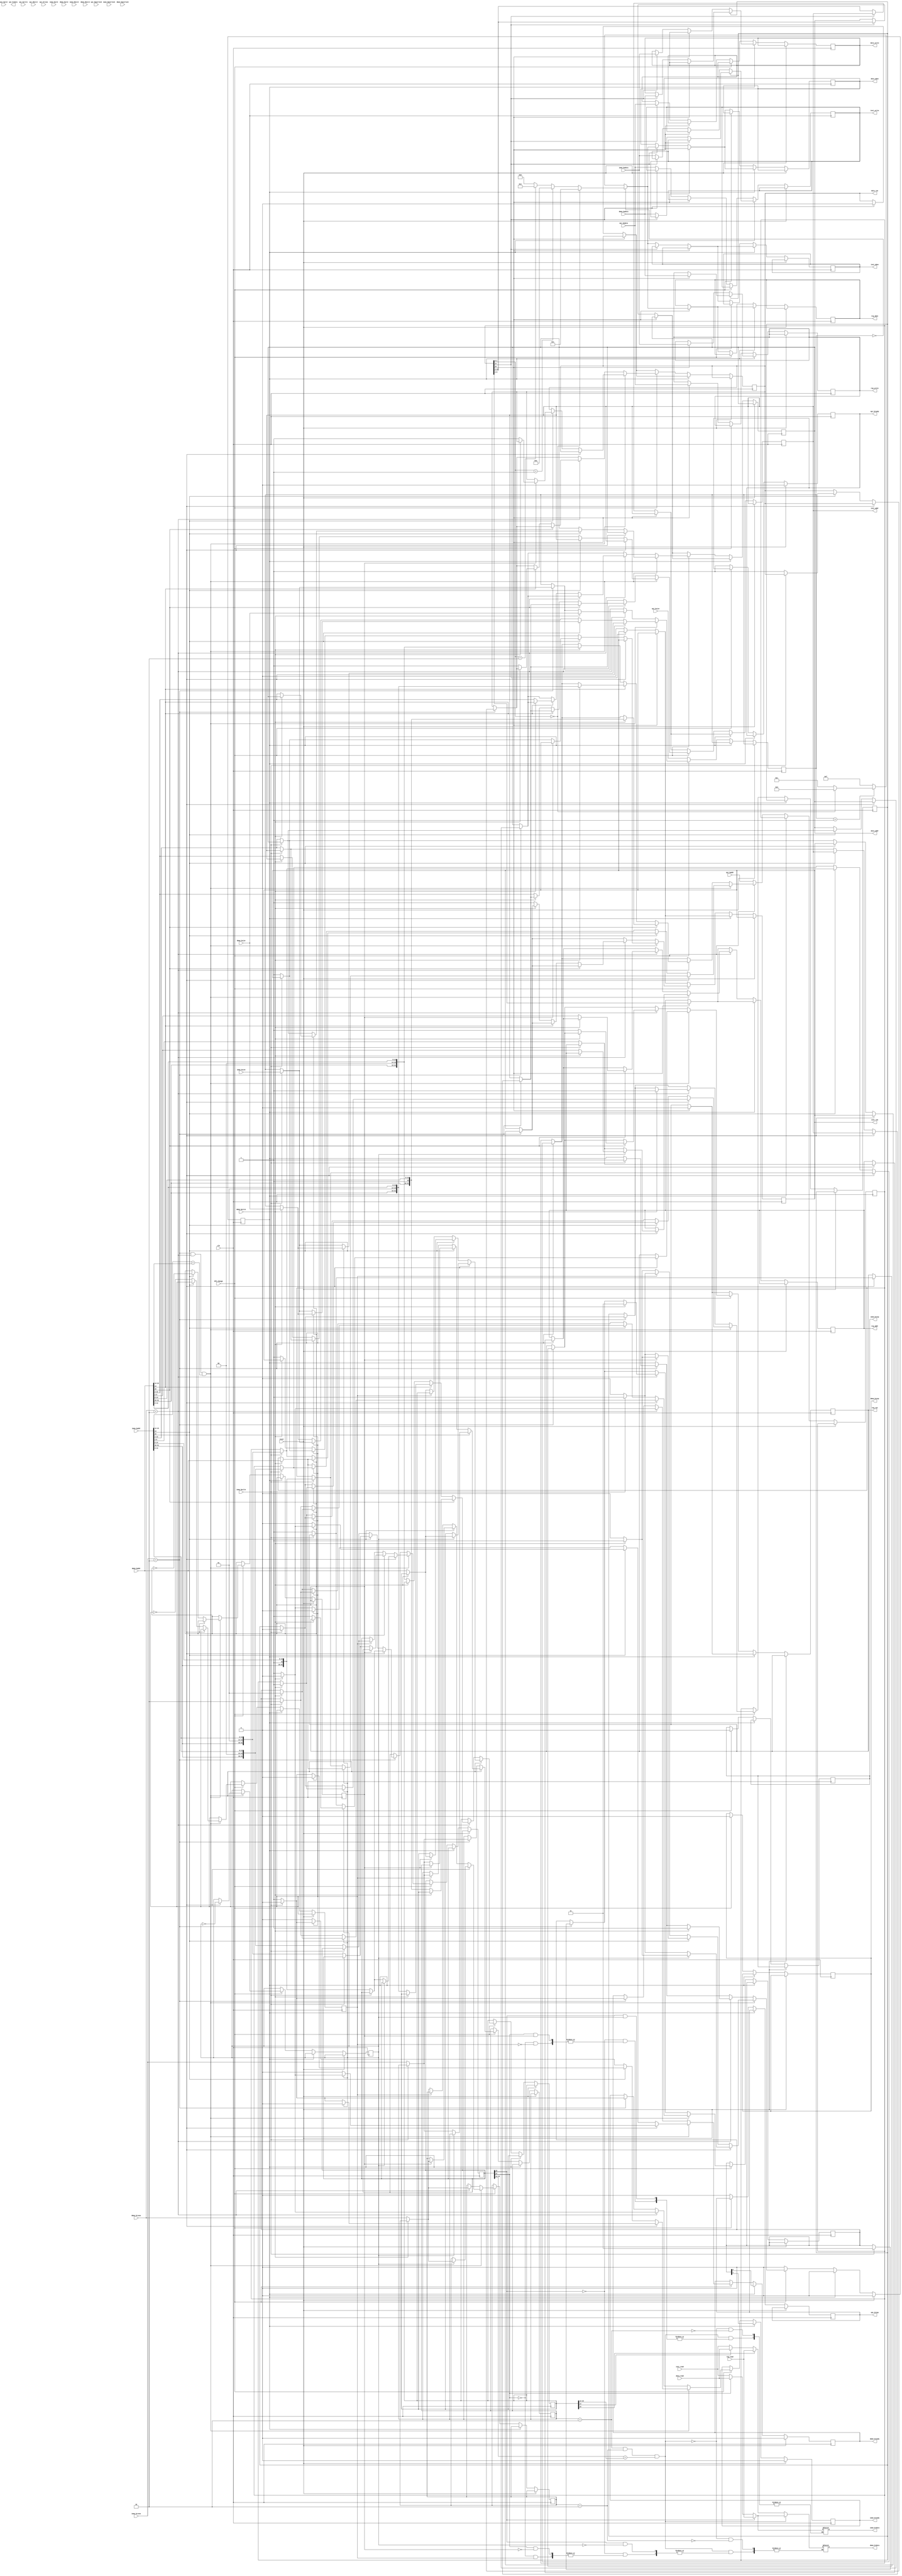
`timescale 1ns / 1ps
//////////////////////////////////////////////////////////////////////////////////
// The College of New Jersey
// 
// Module Name: Router
// Project Name: RISC-V ASIC Microcontroller
// Target Devices: Artix-7 Nexys 4
//////////////////////////////////////////////////////////////////////////////////


module Router(
    clk, reset, SPI_change,
    // SPI Loader IOs
    spi_hready, spi_hresp, spi_hrdata, spi_haddr, spi_hwrite, spi_hsize, spi_hburst, spi_hmastlock, spi_hprot, spi_htrans, spi_hwdata,
    // RISC-V Core IOs (Instruction Memory)
    imem_hready, imem_hresp, imem_hrdata, imem_haddr, imem_hwrite, imem_hsize, imem_hburst, imem_hmastlock, imem_hprot, imem_htrans, imem_hwdata,
    // RISC-V Core IOs (Data Memory)
    dmem_hready, dmem_hresp, dmem_hrdata, dmem_haddr, dmem_hwrite, dmem_hsize, dmem_hburst, dmem_hmastlock, dmem_hprot, dmem_htrans, dmem_hwdata,
    // Register IOs
    reg_read, reg_write, reg_addr, reg_wben, reg_rwn,
    // RAM IOs (Instruction Memory)
    inst_read, inst_write, inst_addr, inst_rwn, inst_wben,
    // RAM IOs (Data Memory)
    data_read, data_write, data_addr, data_rwn, data_wben
);

input clk, reset, SPI_change;

// SPI Loader IOs
input [31:0] spi_haddr, spi_hwdata;
input [3:0] spi_hprot;
input [2:0] spi_hsize, spi_hburst;
input [1:0] spi_htrans;
input spi_hwrite, spi_hmastlock;

output [31:0] spi_hrdata;
output spi_hready, spi_hresp;

reg spi_hready, spi_hresp;

// RISC-V Core IOs (Instruction Memory)
input [31:0] imem_haddr, imem_hwdata;
input [3:0] imem_hprot;
input [2:0] imem_hsize, imem_hburst;
input [1:0] imem_htrans;
input imem_hwrite, imem_hmastlock;

output [31:0] imem_hrdata;
output imem_hready, imem_hresp;

reg [31:0] imem_hrdata;
reg imem_hready, imem_hresp;

// RISC-V Core IOs (Data Memory)
input [31:0] dmem_haddr, dmem_hwdata;
input [3:0] dmem_hprot;
input [2:0] dmem_hsize, dmem_hburst;
input [1:0] dmem_htrans;
input dmem_hwrite, dmem_hmastlock;

output [31:0] dmem_hrdata;
output dmem_hready, dmem_hresp;

reg [31:0] dmem_hrdata;
reg dmem_hready, dmem_hresp;

// Register IOs
input [31:0] reg_read;

output [31:0] reg_write;
output [3:0] reg_addr, reg_wben;
output reg_rwn;

reg [31:0] reg_write;
reg [3:0] reg_wben;
reg [3:0] reg_addr;
reg reg_rwn;

// RAM IOs (Instruction Memory)
input [31:0] inst_read;

output [31:0] inst_write;
output [11:0] inst_addr;
output [3:0] inst_wben;
output inst_rwn;

reg [31:0] inst_write;
reg [11:0] inst_addr;
reg [3:0] inst_wben;
reg inst_rwn;

// RAM IOs (Data Memory)
input [31:0] data_read;

output [31:0] data_write;
output [11:0] data_addr;
output [3:0] data_wben;
output data_rwn;

reg [31:0] data_write;
reg [11:0] data_addr;
reg [3:0] data_wben;
reg data_rwn;

// Intermediate Registers
reg favor_imem = 1;
reg favor_dmem = 1;
reg favor_reg = 1;

// Delay pipeline registers
reg delay_mode = 0;
reg [31:0] int_haddr;
reg [31:0] int_imem_haddr_read;
reg [31:0] int_dmem_haddr_read;
reg [2:0] int_hsize;
reg [1:0] int_hready;
reg [1:0] int_imem_htrans;
reg [1:0] int_dmem_htrans;
reg int_source;

always @ (*) begin
    // Checking if arbitration is necessary
    if (int_imem_htrans == 2'b10 && int_dmem_htrans == 2'b10 && int_imem_haddr_read[15:14] == int_dmem_haddr_read[15:14]) begin
        if (int_imem_haddr_read[15] == 0) begin
            if (int_imem_haddr_read[14] == 0) begin
                // Instruction memory arbitration
                if (favor_imem) begin
                    // IMEM AHB to instruction communication
                    imem_hrdata <= inst_read;
                end else begin
                    // DMEM AHB to instruction communication
                    dmem_hrdata <= inst_read;
                end
            end else begin
                // Data memory arbitration
                if (favor_dmem) begin
                    // DMEM AHB to data communication
                    dmem_hrdata <= data_read;
                end else begin
                    // IMEM AHB to data communication
                    imem_hrdata <= data_read;
                end
            end
        end else begin
            // Register arbitration
            if (favor_reg) begin
                // DMEM AHB to register communication
                dmem_hrdata <= reg_read;
            end else begin
                // IMEM AHB to register communication
                imem_hrdata <= reg_read;
            end
        end
    end else begin
        if (int_imem_htrans == 2'b10) begin
            // Checking for register communication
            if (int_imem_haddr_read[15] == 0) begin
                // Checking for instruction or data communication
                if (int_imem_haddr_read[14] == 0) begin
                    // Instruction communication
                    imem_hrdata <= inst_read;
                end else begin
                    // Data communication
                    imem_hrdata <= data_read;
                end
            end else begin
                // Register communication
                imem_hrdata <= reg_read;
            end
        end
        
        if (int_dmem_htrans == 2'b10) begin
            // Checking for register communication
            if (int_dmem_haddr_read[15] == 0) begin
                // Checking for instruction or data communication
                if (int_dmem_haddr_read[14] == 0) begin
                    // Instruction communication
                    dmem_hrdata <= inst_read;
                end else begin
                    // Data communication
                    dmem_hrdata <= data_read;
                end
            end else begin
                // Register communication
                dmem_hrdata <= reg_read;
            end
        end
    end
end

always @ (posedge clk) begin
    // Checking for reset
    if (reset) begin
        spi_hready <= 0;
        imem_hready <= 0;
        dmem_hready <= 0;
        delay_mode <= 0;
    end else if (delay_mode) begin
        delay_mode <= 0;
        imem_hready <= int_hready[1];
        dmem_hready <= int_hready[0];
    
        if (int_source) begin
            // DMEM bus writing
            if (int_haddr[15] == 0) begin
                if (int_haddr[14] == 0) begin
                    inst_write <= dmem_hwdata;
                    inst_addr <= int_haddr[13:2];
                    inst_rwn <= 0;
                    
                    if (int_hsize == 3'b000) begin
                        if (int_haddr[1:0] == 2'b00) begin
                            inst_wben <= 4'b0001;
                        end else if (int_haddr[1:0] == 2'b01) begin
                            inst_wben <= 4'b0010;
                        end else if (int_haddr[1:0] == 2'b10) begin
                            inst_wben <= 4'b0100;
                        end else begin
                            inst_wben <= 4'b1000;
                        end
                    end else if (int_hsize == 3'b001) begin
                        if (int_haddr[1:0] == 2'b00) begin
                            inst_wben <= 4'b0011;
                        end else begin
                            inst_wben <= 4'b1100;
                        end
                    end else begin
                        inst_wben <= 4'b1111;
                    end
                end else begin
                    data_write <= dmem_hwdata;
                    data_addr <= int_haddr[13:2];
                    data_rwn <= 0;
                    
                    if (int_hsize == 3'b000) begin
                        if (int_haddr[1:0] == 2'b00) begin
                            data_wben <= 4'b0001;
                        end else if (int_haddr[1:0] == 2'b01) begin
                            data_wben <= 4'b0010;
                        end else if (int_haddr[1:0] == 2'b10) begin
                            data_wben <= 4'b0100;
                        end else begin
                            data_wben <= 4'b1000;
                        end
                    end else if (int_hsize == 3'b001) begin
                        if (int_haddr[1:0] == 2'b00) begin
                            data_wben <= 4'b0011;
                        end else begin
                            data_wben <= 4'b1100;
                        end
                    end else begin
                        data_wben <= 4'b1111;
                    end
                end
            end else begin
                reg_write <= dmem_hwdata;
                reg_addr <= int_haddr[5:2];
                reg_rwn <= 0;
                
                if (int_hsize == 3'b000) begin
                    if (int_haddr[1:0] == 2'b00) begin
                        reg_wben <= 4'b0001;
                    end else if (int_haddr[1:0] == 2'b01) begin
                        reg_wben <= 4'b0010;
                    end else if (int_haddr[1:0] == 2'b10) begin
                        reg_wben <= 4'b0100;
                    end else begin
                        reg_wben <= 4'b1000;
                    end
                end else if (int_hsize == 3'b001) begin
                    if (int_haddr[1:0] == 2'b00) begin
                        reg_wben <= 4'b0011;
                    end else begin
                        reg_wben <= 4'b1100;
                    end
                end else begin
                    reg_wben <= 4'b1111;
                end
            end
        end else begin
            // IMEM bus writing
            if (int_haddr[15] == 0) begin
                if (int_haddr[14] == 0) begin
                    inst_write <= imem_hwdata;
                    inst_addr <= int_haddr[13:2];
                    inst_rwn <= 0;
                    
                    if (int_hsize == 3'b000) begin
                        if (int_haddr[1:0] == 2'b00) begin
                            inst_wben <= 4'b0001;
                        end else if (int_haddr[1:0] == 2'b01) begin
                            inst_wben <= 4'b0010;
                        end else if (int_haddr[1:0] == 2'b10) begin
                            inst_wben <= 4'b0100;
                        end else begin
                            inst_wben <= 4'b1000;
                        end
                    end else if (int_hsize == 3'b001) begin
                        if (int_haddr[1:0] == 2'b00) begin
                            inst_wben <= 4'b0011;
                        end else begin
                            inst_wben <= 4'b1100;
                        end
                    end else begin
                        inst_wben <= 4'b1111;
                    end
                end else begin
                    data_write <= imem_hwdata;
                    data_addr <= int_haddr[13:2];
                    data_rwn <= 0;
                    
                    if (int_hsize == 3'b000) begin
                        if (int_haddr[1:0] == 2'b00) begin
                            data_wben <= 4'b0001;
                        end else if (int_haddr[1:0] == 2'b01) begin
                            data_wben <= 4'b0010;
                        end else if (int_haddr[1:0] == 2'b10) begin
                            data_wben <= 4'b0100;
                        end else begin
                            data_wben <= 4'b1000;
                        end
                    end else if (int_hsize == 3'b001) begin
                        if (int_haddr[1:0] == 2'b00) begin
                            data_wben <= 4'b0011;
                        end else begin
                            data_wben <= 4'b1100;
                        end
                    end else begin
                        data_wben <= 4'b1111;
                    end
                end
            end else begin
                reg_write <= imem_hwdata;
                reg_addr <= int_haddr[5:2];
                reg_rwn <= 0;
                
                if (int_hsize == 3'b000) begin
                    if (int_haddr[1:0] == 2'b00) begin
                        reg_wben <= 4'b0001;
                    end else if (int_haddr[1:0] == 2'b01) begin
                        reg_wben <= 4'b0010;
                    end else if (int_haddr[1:0] == 2'b10) begin
                        reg_wben <= 4'b0100;
                    end else begin
                        reg_wben <= 4'b1000;
                    end
                end else if (int_hsize == 3'b001) begin
                    if (int_haddr[1:0] == 2'b00) begin
                        reg_wben <= 4'b0011;
                    end else begin
                        reg_wben <= 4'b1100;
                    end
                end else begin
                    reg_wben <= 4'b1111;
                end
            end
        end
    end else if (!SPI_change) begin
        int_haddr <= spi_haddr;
        int_hsize <= spi_hsize;
        
        if (int_haddr[15] == 0) begin
            if (int_haddr[14] == 0) begin
                inst_write <= spi_hwdata;
                inst_addr <= int_haddr[13:2];
                inst_rwn <= 0;
                
                if (int_hsize == 3'b000) begin
                    if (int_haddr[1:0] == 2'b00) begin
                        inst_wben <= 4'b0001;
                    end else if (int_haddr[1:0] == 2'b01) begin
                        inst_wben <= 4'b0010;
                    end else if (int_haddr[1:0] == 2'b10) begin
                        inst_wben <= 4'b0100;
                    end else begin
                        inst_wben <= 4'b1000;
                    end
                end else if (int_hsize == 3'b001) begin
                    if (int_haddr[1:0] == 2'b00) begin
                        inst_wben <= 4'b0011;
                    end else begin
                        inst_wben <= 4'b1100;
                    end
                end else begin
                    inst_wben <= 4'b1111;
                end
            end else begin
                data_write <= spi_hwdata;
                data_addr <= int_haddr[13:2];
                data_rwn <= 0;
                
                if (int_hsize == 3'b000) begin
                    if (int_haddr[1:0] == 2'b00) begin
                        data_wben <= 4'b0001;
                    end else if (int_haddr[1:0] == 2'b01) begin
                        data_wben <= 4'b0010;
                    end else if (int_haddr[1:0] == 2'b10) begin
                        data_wben <= 4'b0100;
                    end else begin
                        data_wben <= 4'b1000;
                    end
                end else if (int_hsize == 3'b001) begin
                    if (int_haddr[1:0] == 2'b00) begin
                        data_wben <= 4'b0011;
                    end else begin
                        data_wben <= 4'b1100;
                    end
                end else begin
                    data_wben <= 4'b1111;
                end
            end
        end else begin
            reg_write <= spi_hwdata;
            reg_addr <= int_haddr[5:2];
            reg_rwn <= 0;
            
            if (int_hsize == 3'b000) begin
                if (int_haddr[1:0] == 2'b00) begin
                    reg_wben <= 4'b0001;
                end else if (int_haddr[1:0] == 2'b01) begin
                    reg_wben <= 4'b0010;
                end else if (int_haddr[1:0] == 2'b10) begin
                    reg_wben <= 4'b0100;
                end else begin
                    reg_wben <= 4'b1000;
                end
            end else if (int_hsize == 3'b001) begin
                if (int_haddr[1:0] == 2'b00) begin
                    reg_wben <= 4'b0011;
                end else begin
                    reg_wben <= 4'b1100;
                end
            end else begin
                reg_wben <= 4'b1111;
            end
        end
        
        // In this mode, the router should always be ready for a transfer and should always be OK
        spi_hready <= 1;
        spi_hresp <= 0;
    end else begin
        // Checking if arbitration is necessary
        if (imem_htrans == 2'b10 && dmem_htrans == 2'b10 && imem_haddr[15:14] == dmem_haddr[15:14]) begin
            if (imem_haddr[15] == 0) begin
                if (imem_haddr[14] == 0) begin
                    // Instruction memory arbitration
                    if (favor_imem) begin
                        // IMEM AHB to instruction communication
                        if (imem_hwrite) begin
                            int_haddr <= imem_haddr;
                            int_hsize <= imem_hsize;
                            
                            int_hready <= 2'b10;
                            int_source <= 0;
                            
                            delay_mode <= 1;
                            
                            // Responding to the buses
                            imem_hready <= 0;
                            dmem_hready <= 0;
                        end else begin
                            int_imem_haddr_read <= imem_haddr;
                            int_imem_htrans <= imem_htrans;
                            inst_addr <= imem_haddr[13:2];
                            inst_rwn <= 1;
                            
                            // Responding to the buses
                            imem_hready <= 1;
                            dmem_hready <= 0;
                        end
                    end else begin
                        // DMEM AHB to instruction communication
                        if (dmem_hwrite) begin
                            int_haddr <= dmem_haddr;
                            int_hsize <= dmem_hsize;
                            
                            int_hready <= 2'b01;
                            int_source <= 1;
                            
                            delay_mode <= 1;
                            
                            // Responding to the buses
                            imem_hready <= 0;
                            dmem_hready <= 0;
                        end else begin
                            int_dmem_haddr_read <= dmem_haddr;
                            int_dmem_htrans <= dmem_htrans;
                            inst_addr <= dmem_haddr[13:2];
                            inst_rwn <= 1;
                            
                            // Responding to the buses
                            imem_hready <= 0;
                            dmem_hready <= 1;
                        end
                    end
                    
                    // Switch arbitration mode
                    favor_imem <= !favor_imem;
                end else begin
                    // Data memory arbitration
                    if (favor_dmem) begin
                        // DMEM AHB to data communication
                        if (dmem_hwrite) begin
                            int_haddr <= dmem_haddr;
                            int_hsize <= dmem_hsize;
                            
                            int_hready <= 2'b01;
                            int_source <= 1;
                            
                            delay_mode <= 1;
                            
                            // Responding to the buses
                            imem_hready <= 0;
                            dmem_hready <= 0;
                        end else begin
                            int_dmem_haddr_read <= dmem_haddr;
                            int_dmem_htrans <= dmem_htrans;
                            data_addr <= dmem_haddr[13:2];
                            data_rwn <= 1;
                            
                            // Responding to the buses
                            imem_hready <= 0;
                            dmem_hready <= 1;
                        end
                    end else begin
                        // IMEM AHB to data communication
                        if (imem_hwrite) begin
                            int_haddr <= imem_haddr;
                            int_hsize <= imem_hsize;
                            
                            int_hready <= 2'b10;
                            int_source <= 0;
                            
                            delay_mode <= 1;
                            
                            // Responding to the buses
                            imem_hready <= 0;
                            dmem_hready <= 0;
                        end else begin
                            int_imem_haddr_read <= imem_haddr;
                            int_imem_htrans <= imem_htrans;
                            data_addr <= imem_haddr[13:2];
                            inst_rwn <= 1;
                            
                            // Responding to the buses
                            imem_hready <= 1;
                            dmem_hready <= 0;
                        end
                    end
                    
                    // Switch arbitration mode
                    favor_dmem <= !favor_dmem;
                end
            end else begin
                // Register arbitration
                if (favor_reg) begin
                    // DMEM AHB to register communication
                    if (dmem_hwrite) begin
                        int_haddr <= dmem_haddr;
                        int_hsize <= dmem_hsize;
                        
                        int_hready <= 2'b01;
                        int_source <= 1;
                        
                        delay_mode <= 1;
                        
                        // Responding to the buses
                        imem_hready <= 0;
                        dmem_hready <= 0;
                    end else begin
                        int_dmem_haddr_read <= dmem_haddr;
                        int_dmem_htrans <= dmem_htrans;
                        reg_addr <= dmem_haddr[5:2];
                        reg_rwn <= 1;
                        
                        // Responding to the buses
                        imem_hready <= 0;
                        dmem_hready <= 1;
                    end
                end else begin
                    // IMEM AHB to register communication
                    if (imem_hwrite) begin
                        int_haddr <= imem_haddr;
                        int_hsize <= imem_hsize;
                        
                        int_hready <= 2'b10;
                        int_source <= 0;
                        
                        delay_mode <= 1;
                        
                        // Responding to the buses
                        imem_hready <= 0;
                        dmem_hready <= 0;
                    end else begin
                        int_imem_haddr_read <= imem_haddr;
                        int_imem_htrans <= imem_htrans;
                        reg_addr <= imem_haddr[5:2];
                        reg_rwn <= 1;
                        
                        // Responding to the buses
                        imem_hready <= 1;
                        dmem_hready <= 0;
                    end
                end
                
                // Switch arbitration mode
                favor_reg <= !favor_reg;
            end
            
            // Assuming the signal response is always OK
            imem_hresp <= 0;
            dmem_hresp <= 0;
        end else begin
            // Instruction Memory bus routing
            if (imem_htrans == 2'b10) begin
                // Checking for register communication
                if (imem_haddr[15] == 0) begin
                    // Checking for instruction or data communication
                    if (imem_haddr[14] == 0) begin
                        // Instruction communication
                        if (imem_hwrite) begin
                            int_haddr <= imem_haddr;
                            int_hsize <= imem_hsize;
                            
                            int_hready <= 2'b11;
                            int_source <= 0;
                            
                            delay_mode <= 1;
                            
                            // Responding to the buses
                            imem_hready <= 0;
                            dmem_hready <= 0;
                        end else begin
                            int_imem_haddr_read <= imem_haddr;
                            int_imem_htrans <= imem_htrans;
                            inst_addr <= imem_haddr[13:2];
                            inst_rwn <= 1;
                            
                            // Responding to the buses
                            imem_hready <= 1;
                            dmem_hready <= 1;
                        end
                    end else begin
                        // Data communication
                        if (imem_hwrite) begin
                            int_haddr <= imem_haddr;
                            int_hsize <= imem_hsize;
                            
                            int_hready <= 2'b11;
                            int_source <= 0;
                            
                            delay_mode <= 1;
                            
                            // Responding to the buses
                            imem_hready <= 0;
                            dmem_hready <= 0;
                        end else begin
                            int_imem_haddr_read <= imem_haddr;
                            int_imem_htrans <= imem_htrans;
                            data_addr <= imem_haddr[13:2];
                            data_rwn <= 1;
                            
                            // Responding to the buses
                            imem_hready <= 1;
                            dmem_hready <= 1;
                        end
                    end
                end else begin
                    // Register communication
                    if (imem_hwrite) begin
                        int_haddr <= imem_haddr;
                        int_hsize <= imem_hsize;
                        
                        int_hready <= 2'b11;
                        int_source <= 0;
                        
                        delay_mode <= 1;
                        
                        // Responding to the buses
                        imem_hready <= 0;
                        dmem_hready <= 0;
                    end else begin
                        int_imem_haddr_read <= imem_haddr;
                        int_imem_htrans <= imem_htrans;
                        reg_addr <= imem_haddr[5:2];
                        reg_rwn <= 1;
                        
                        // Responding to the buses
                        imem_hready <= 1;
                        dmem_hready <= 1;
                    end
                end
            end
            
            // Data Memory bus routing
            if (dmem_htrans == 2'b10) begin
                // Checking for register communication
                if (dmem_haddr[15] == 0) begin
                    // Checking for instruction or data communication
                    if (dmem_haddr[14] == 0) begin
                        // Instruction communication
                        if (dmem_hwrite) begin
                            int_haddr <= dmem_haddr;
                            int_hsize <= dmem_hsize;
                            
                            int_hready <= 2'b11;
                            int_source <= 1;
                            
                            delay_mode <= 1;
                            
                            // Responding to the buses
                            imem_hready <= 0;
                            dmem_hready <= 0;
                        end else begin
                            int_dmem_haddr_read <= dmem_haddr;
                            int_dmem_htrans <= dmem_htrans;
                            inst_addr <= dmem_haddr[13:2];
                            inst_rwn <= 1;
                            
                            // Responding to the buses
                            imem_hready <= 1;
                            dmem_hready <= 1;
                        end
                    end else begin
                        // Data communication
                        if (dmem_hwrite) begin
                            int_haddr <= dmem_haddr;
                            int_hsize <= dmem_hsize;
                            
                            int_hready <= 2'b11;
                            int_source <= 1;
                            
                            delay_mode <= 1;
                            
                            // Responding to the buses
                            imem_hready <= 0;
                            dmem_hready <= 0;
                        end else begin
                            int_dmem_haddr_read <= dmem_haddr;
                            int_dmem_htrans <= dmem_htrans;
                            data_addr <= dmem_haddr[13:2];
                            data_rwn <= 1;
                            
                            // Responding to the buses
                            imem_hready <= 1;
                            dmem_hready <= 1;
                        end
                    end
                end else begin
                    // Register communication
                    if (dmem_hwrite) begin
                        int_haddr <= dmem_haddr;
                        int_hsize <= dmem_hsize;
                        
                        int_hready <= 2'b11;
                        int_source <= 1;
                        
                        delay_mode <= 1;
                        
                        // Responding to the buses
                        imem_hready <= 0;
                        dmem_hready <= 0;
                    end else begin
                        int_dmem_haddr_read <= dmem_haddr;
                        int_dmem_htrans <= dmem_htrans;
                        reg_addr <= dmem_haddr[5:2];
                        reg_rwn <= 1;
                        
                        // Responding to the buses
                        imem_hready <= 1;
                        dmem_hready <= 1;
                    end
                end
            end
            
            // When not arbitrating, resp should always be OK
            imem_hresp <= 0;
            dmem_hresp <= 0;
        end
    end
end

endmodule